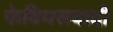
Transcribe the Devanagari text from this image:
फेबियसवादी